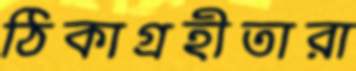
ঠিকাগ্রহীতারা